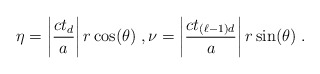
\begin{align*}\eta = \left| \frac{c t_d}{a} \right| r \cos(\theta) \;, \nu = \left| \frac{c t_{(\ell-1)d}}{a} \right| r \sin(\theta) \;.\end{align*}